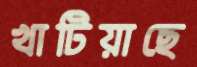
খাটিয়াছে